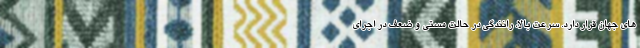
های جهان قرار دارد. سرعت بالا، رانندگی در حالت مستی و ضعف در اجرای